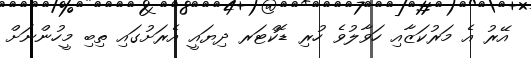
އޭރު އެ މަރުކަޒާއި ހަވާލުވެ ހުރި ޑޮކްޓަރ ދިޔައީ އެރަށުގައި ތިބި މީހުންނަށް